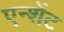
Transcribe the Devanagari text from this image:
एन्शेंट